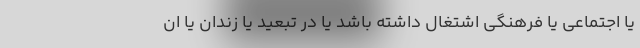
یا اجتماعی یا فرهنگی اشتغال داشته باشد یا در تبعید یا زندان یا ان